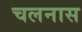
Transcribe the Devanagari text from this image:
चलनास